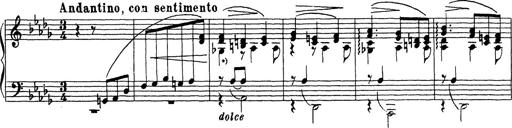
Title: Ballade No.1
Composer: Richard St. Clair